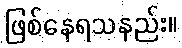
ဖြစ်နေရသနည်း။